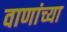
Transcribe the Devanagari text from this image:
वाणांच्या